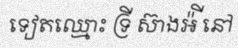
ទៀតឈ្មោះ ទ្រី ស៊ាងអ៉ី នៅ